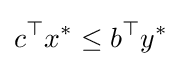
c^{\top }x^{*}\leq b^{\top }y^{*}